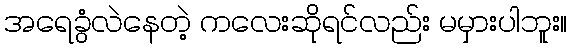
အရေခွံလဲနေတဲ့ ကလေးဆိုရင်လည်း မမှားပါဘူး။